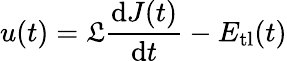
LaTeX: u(t)=\mathfrak{L}\frac{\mathrm{d}J(t)}{\mathrm{d}t}-E_{\mathrm{tl}}(t)